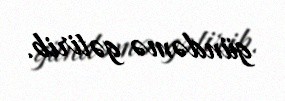
gündəmə gətirib.